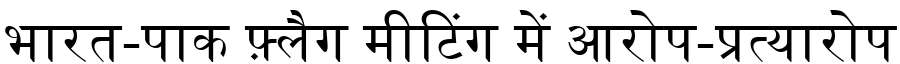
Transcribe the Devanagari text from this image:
भारत-पाक फ़्लैग मीटिंग में आरोप-प्रत्यारोप